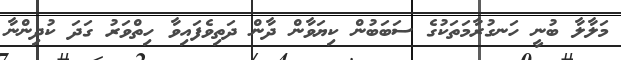
މަލާލާ ބުނީ ހަނގުރާމަތަކުގެ ސަބަބުން ކިޔަވާން ދާން ދަތިވެފައިވާ ހިތްވަރު ގަދަ ކުދިންނާ